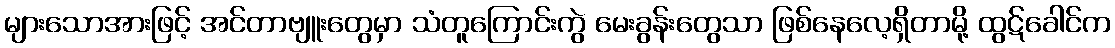
များသောအားဖြင့် အင်တာဗျူးတွေမှာ သံတူကြောင်းကွဲ မေးခွန်းတွေသာ ဖြစ်နေလေ့ရှိတာမို့ ထွဋ်ခေါင်က